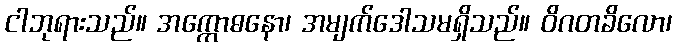
ငါဘုရားသည်။ အက္ကောဓနော၊ အမျက်ဒေါသမရှိသည်။ ဝိဂတခိလော၊